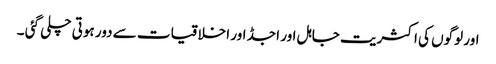
اور لوگوں کی اکثریت جاہل اور اجڈ اور اخلاقیات سے دور ہوتی چلی گئی ۔